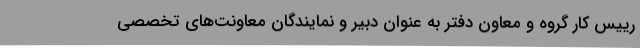
رییس کار گروه و معاون دفتر به عنوان دبیر و نمایندگان معاونت‌های تخصصی